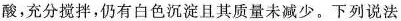
酸，充分搅拌，仍有白色沉淀且其质量未减少。下列说法